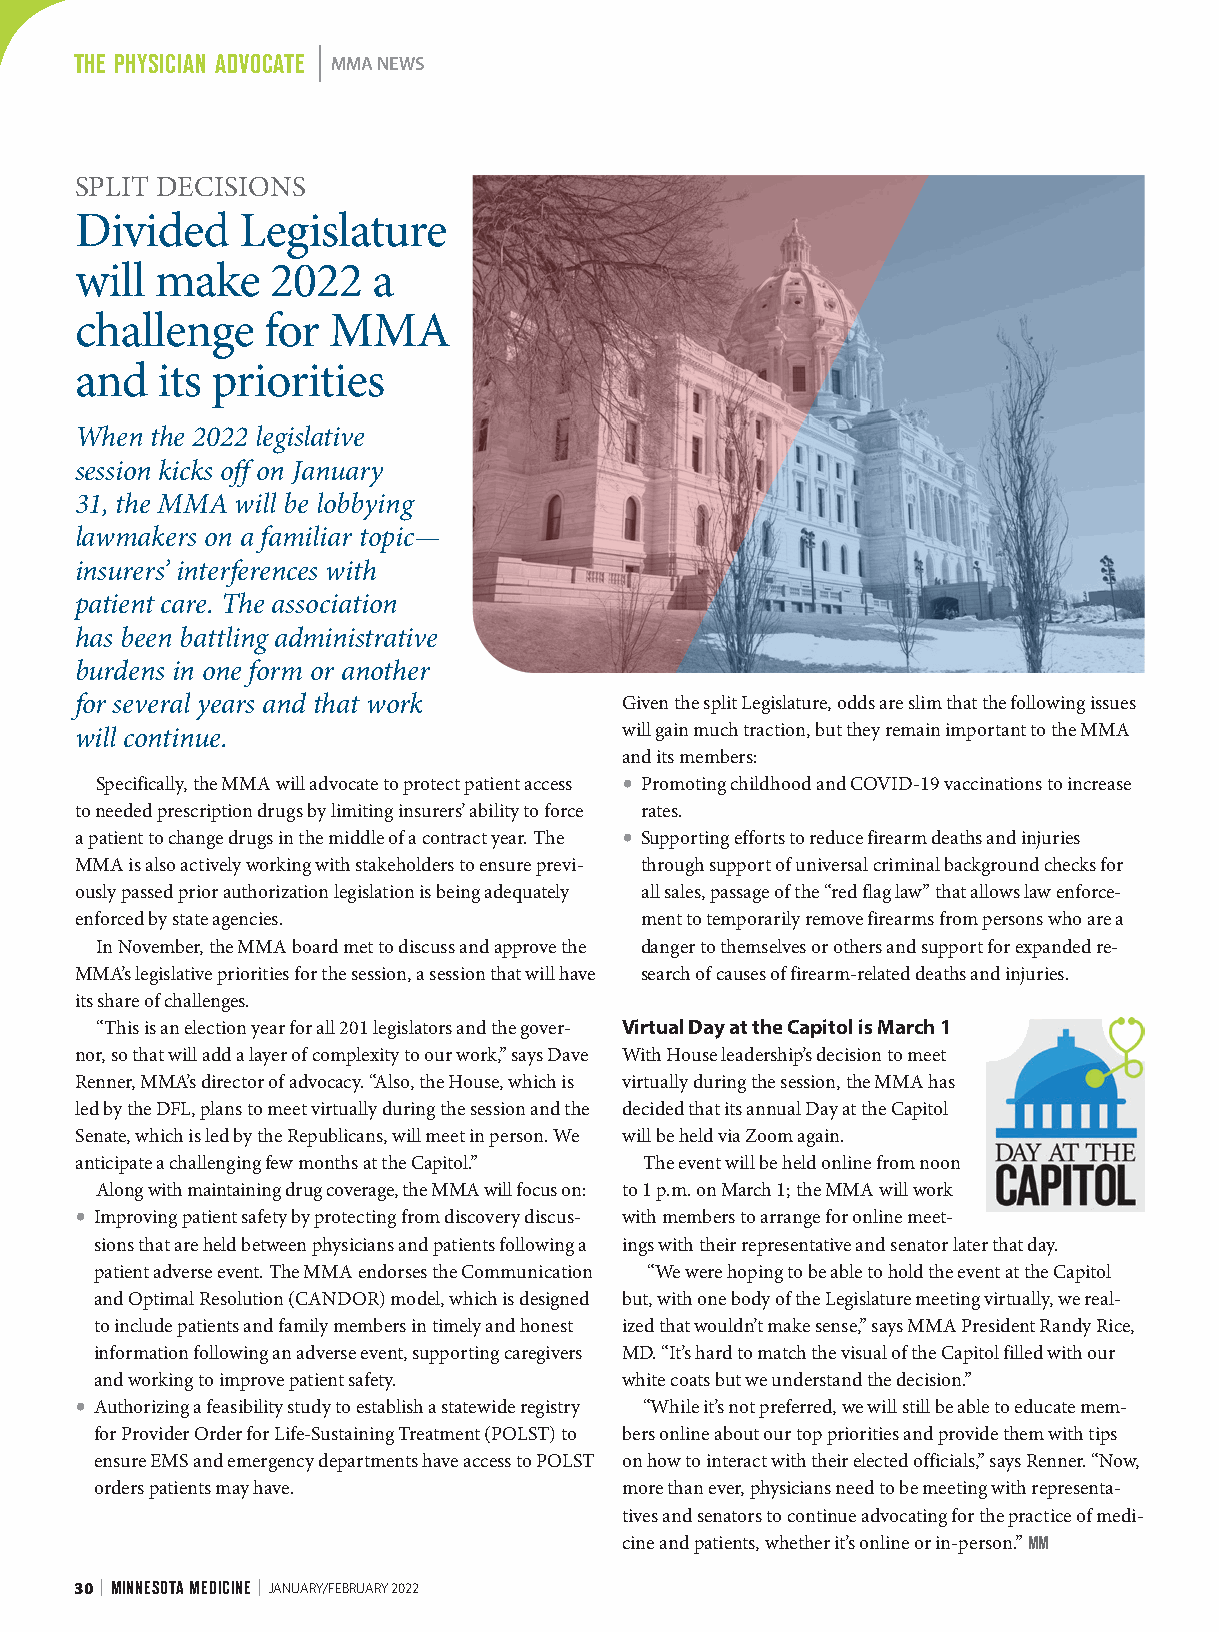
THE PHYSICIAN ADVOCATE MMA NEWS
 SPLIT DECISIONS
 Divided    Legislature
 will make    2022   a
 challenge   for  MMA
 and  its priorities
 When the 2022 legislative
 session kicks off on January
 31, the MMA will be lobbying
 lawmakers on a familiar topic—
 insurers’ interferences with
 patient care. The association
 has been battling administrative
 burdens in one form or another
 for several years and that work     Given the split Legislature, odds are slim that the following issues
 will continue.                      will gain much traction, but they remain important to the MMA
 and its members:
 Specifically, the MMA will advocate to protect patient access • Promoting childhood and COVID-19 vaccinations to increase
 to needed prescription drugs by limiting insurers’ ability to force rates.
 a patient to change drugs in the middle of a contract year. The • Supporting efforts to reduce firearm deaths and injuries
 MMA is also actively working with stakeholders to ensure previ- through support of universal criminal background checks for
 ously passed prior authorization legislation is being adequately all sales, passage of the “red flag law” that allows law enforce-
 enforced by state agencies.          ment to temporarily remove firearms from persons who are a
 In November, the MMA board met to discuss and approve the danger to themselves or others and support for expanded re-
 MMA’s legislative priorities for the session, a session that will have search of causes of firearm-related deaths and injuries.
 its share of challenges.
 “This is an election year for all 201 legislators and the gover- Virtual Day at the Capitol is March 1
 nor, so that will add a layer of complexity to our work,” says Dave With House leadership’s decision to meet
 Renner, MMA’s director of advocacy. “Also, the House, which is virtually during the session, the MMA has
 led by the DFL, plans to meet virtually during the session and the decided that its annual Day at the Capitol
 Senate, which is led by the Republicans, will meet in person. We will be held via Zoom again.
 anticipate a challenging few months at the Capitol.” The event will be held online from noon
 Along with maintaining drug coverage, the MMA will focus on: to 1 p.m. on March 1; the MMA will work
 • Improving patient safety by protecting from discovery discus- with members to arrange for online meet-
 sions that are held between physicians and patients following a ings with their representative and senator later that day.
 patient adverse event. The MMA endorses the Communication “We were hoping to be able to hold the event at the Capitol
 and Optimal Resolution (CANDOR) model, which is designed but, with one body of the Legislature meeting virtually, we real-
 to include patients and family members in timely and honest ized that wouldn’t make sense,” says MMA President Randy Rice,
 information following an adverse event, supporting caregivers MD. “It’s hard to match the visual of the Capitol filled with our
 and working to improve patient safety. white coats but we understand the decision.”
 • Authorizing a feasibility study to establish a statewide registry “While it’s not preferred, we will still be able to educate mem-
 for Provider Order for Life-Sustaining Treatment (POLST) to bers online about our top priorities and provide them with tips
 ensure EMS and emergency departments have access to POLST on how to interact with their elected officials,” says Renner. “Now,
 orders patients may have.          more than ever, physicians need to be meeting with representa-
 tives and senators to continue advocating for the practice of medi-
 cine and patients, whether it’s online or in-person.” MM
 30 | MINNESOTA MEDICINE | JANUARY/FEBRUARY 2022